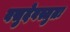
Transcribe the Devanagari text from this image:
वसुदेवस्तुतः